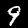
Label: 9